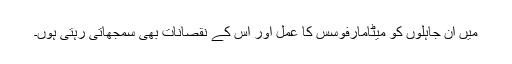
میں ان جاہلوں کو میٹامارفوسس کا عمل اور اس کے نقصانات بھی سمجھاتی رہتی ہوں۔